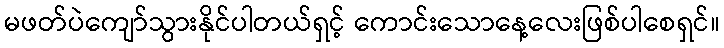
မဖတ်ပဲကျော်သွားနိုင်ပါတယ်ရှင့် ကောင်းသောနေ့လေးဖြစ်ပါစေရှင်။